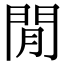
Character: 閒